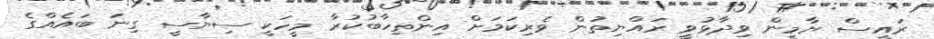
ރައީސް ޔާމީން ވިދާޅުވީ ރައްޔިތުން ވެރިކަމަށް އިންތިހާބުކުރާ މީހަކީ ސިޔާސީ ގިނަ ބައެއްގެ